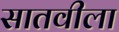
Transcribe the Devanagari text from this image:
सातवीला